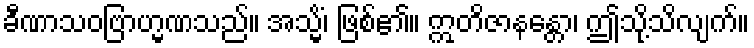
ခီဏာသဝဗြာဟ္မဏသည်။ အသ္မိံ၊ ဖြစ်၏။ ဣတိဇာနန္တော၊ ဤသို့သိလျက်။